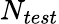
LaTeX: N_{test}